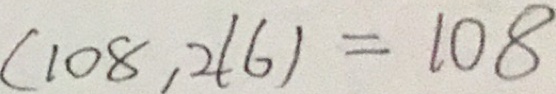
( 1 0 8 , 2 1 6 ) = 1 0 8